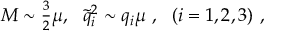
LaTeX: M \sim \textstyle { \frac { 3 } { 2 } } \mu , \ \ { \tilde { q } } _ { i } ^ { 2 } \sim q _ { i } \mu \ , \ \ ( i = 1 , 2 , 3 ) \ ,